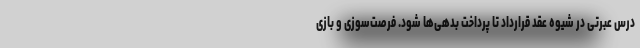
درس عبرتی در شیوه عقد قرارداد تا پرداخت بدهی‌ها شود. فرصت‌سوزی و بازی